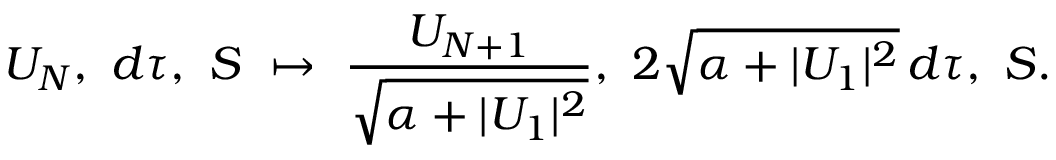
U _ { N } , \ d \tau , \ S \ \mapsto \ \frac { U _ { N + 1 } } { \sqrt { \alpha + | U _ { 1 } | ^ { 2 } } } , \ 2 \sqrt { \alpha + | U _ { 1 } | ^ { 2 } } \, d \tau , \ S .